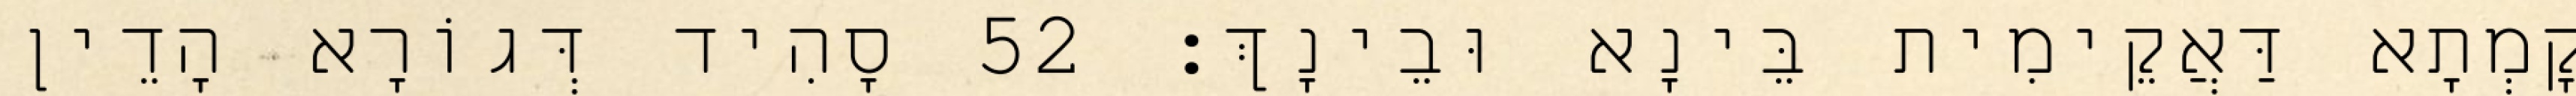
קָמְתָא דַּאֲקֵימִית בֵּינָא וּבֵינָךְ׃ 52 סָהִיד דְּגוֹרָא הָדֵין